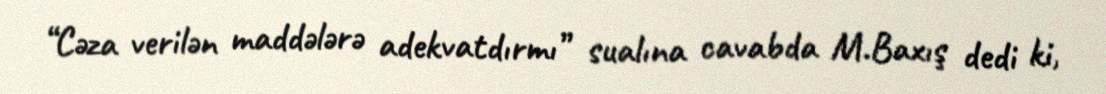
“Cəza verilən maddələrə adekvatdırmı” sualına cavabda M.Baxış dedi ki,